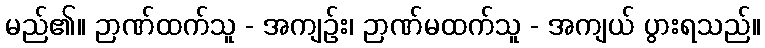
မည်၏။ ဉာဏ်ထက်သူ - အကျဉ်း၊ ဉာဏ်မထက်သူ - အကျယ် ပွားရသည်။